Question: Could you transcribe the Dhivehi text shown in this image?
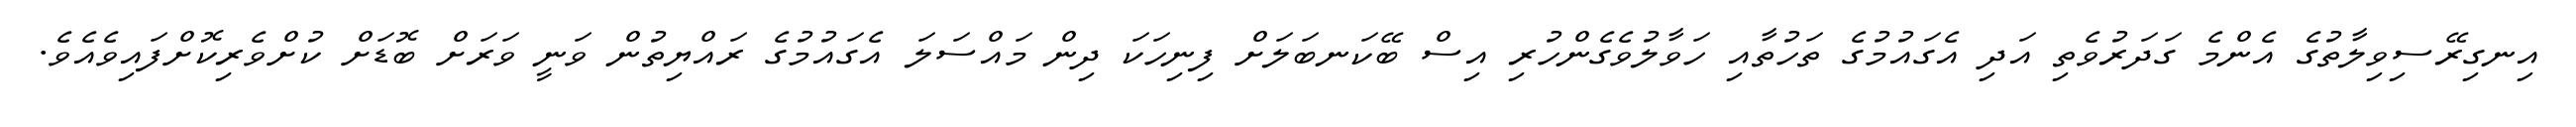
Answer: އިނގިރޭސިވިލާތުގެ އެންމެ ގަދަރުވެތި އަދި އެގައުމުގެ ތަހުތާއި ހަވާލުވެގެންހުރި އިސް ބޭކަނބަލަށް ފިނިހަކަ ދިން މައްސަލަ އެގައުމުގެ ރައްޔިތުން ވަނީ ވަރަށް ބޮޑަށް ކުށްވެރިކޮށްފައިވެއެވެ.